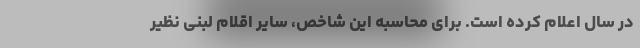
در سال اعلام کرده است. برای محاسبه این شاخص، سایر اقلام لبنی نظیر